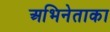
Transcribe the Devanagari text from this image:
अभिनेताका